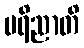
ပရိညာတိ